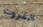
الكروت